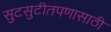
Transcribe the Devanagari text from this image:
सुटसुटीतपणासाठी